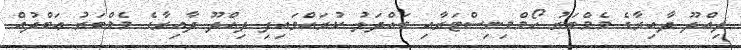
ދިއްދޫ ދާއިރާގެ މެމްބަރު ހޯމްމިނިސްޓަރާއި ބައްދަލު ކުރައްވައިފި ދިއްދޫ ދާއިރާގެ މެމްބަރު ޢަބްދުއް